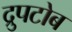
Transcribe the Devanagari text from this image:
द्रुपटोब